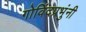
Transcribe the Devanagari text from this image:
गोविंदप्रभुंनी